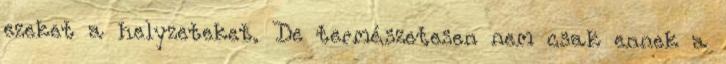
ezeket a helyzeteket. De természetesen nem csak ennek a